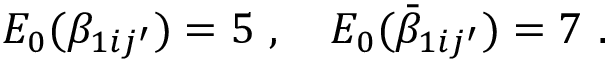
{ \cal E } _ { 0 } ( \beta _ { 1 i j ^ { \prime } } ) = 5 ~ , ~ ~ ~ { \cal E } _ { 0 } ( \bar { \beta } _ { 1 i j ^ { \prime } } ) = 7 ~ .